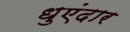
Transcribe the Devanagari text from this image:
धुएंदार